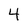
Character: 4